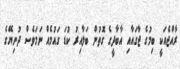
ރާއްޖެއަކީ ބިމުގެ ޖާގައާއި އާބާދީގެ ގޮތުން ބަލާއިރު ކުޑަ ގައުމެއް ނަމަވެސް ދުނިޔޭގެ